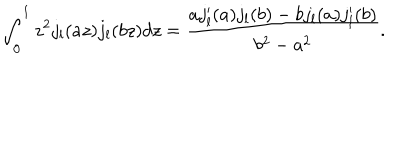
\int _ { 0 } ^ { 1 } z ^ { 2 } j _ { l } ( a z ) j _ { l } ( b z ) d z = \frac { a j _ { l } ^ { \prime } ( a ) j _ { l } ( b ) - b j _ { l } ( a ) j _ { l } ^ { \prime } ( b ) } { b ^ { 2 } - a ^ { 2 } } .